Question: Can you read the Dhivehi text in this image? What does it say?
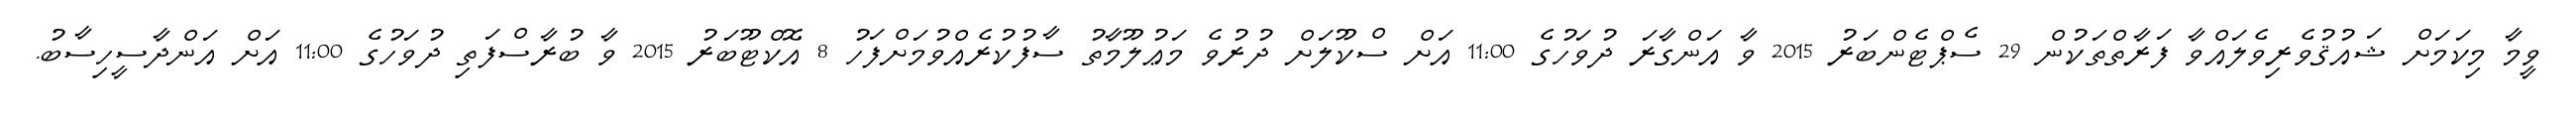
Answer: ވީމާ މިކަމަށް ޝައުޤުވެރިވެލައްވާ ފަރާތްތަކުން 29 ސެޕްޓެންބަރު 2015 ވާ އަންގާރަ ދުވަހުގެ 11:00 އަށް ސްކޫލަށް ދުރުވެ މަޢުލޫމާތު ސާފުކުރެއްވުމަށްފަހު 8 އޮކްޓޫބަރު 2015 ވާ ބުރާސްފަތި ދުވަހުގެ 11:00 އަށް އަންދާސީހިސާބު.